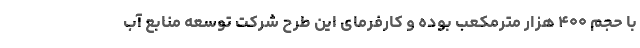
با حجم ۴۰۰ هزار مترمکعب بوده و کارفرمای این طرح شرکت توسعه منابع آب